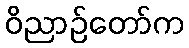
ဝိညာဉ်တော်က